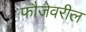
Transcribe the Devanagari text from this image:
फौजेवरील